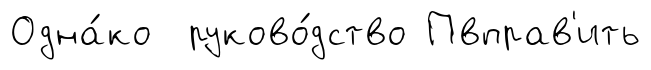
Одна́ко руково́дство Пвправ'ить